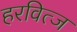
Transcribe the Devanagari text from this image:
हरवित्ज